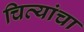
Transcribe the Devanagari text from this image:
चित्यांचा